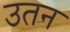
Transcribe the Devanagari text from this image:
उतन